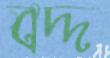
বদ্দ